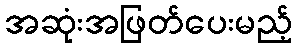
အဆုံးအဖြတ်ပေးမည့်